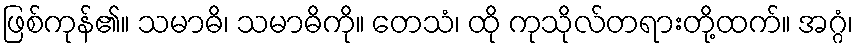
ဖြစ်ကုန်၏။ သမာဓိ၊ သမာဓိကို။ တေသံ၊ ထို ကုသိုလ်တရားတို့ထက်။ အဂ္ဂံ၊